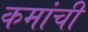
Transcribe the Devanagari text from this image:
कमांची